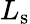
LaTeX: L_{\mathrm{s}}